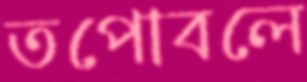
তপোবলে